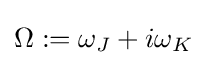
\Omega :=\omega _{J}+i\omega _{K}